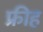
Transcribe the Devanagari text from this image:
फ्रीह